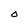
Character: O